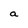
Character: a